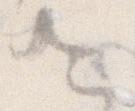
左